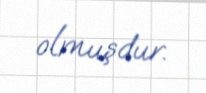
olmuşdur.